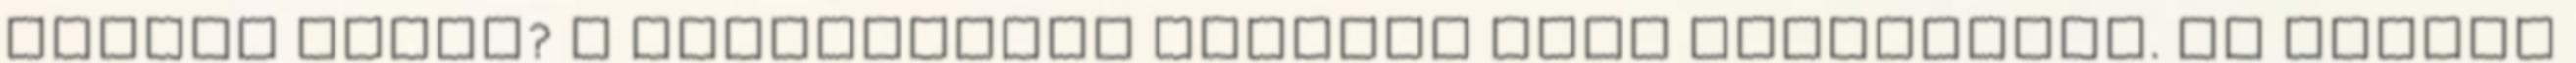
végére érünk? A teljességre tényleg csak törekszünk. Az adatok